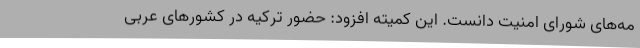
مه‌های شورای امنیت دانست. این کمیته افزود: حضور ترکیه در کشورهای عربی